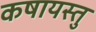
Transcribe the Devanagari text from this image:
कषायस्तु